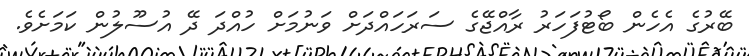
ބޭރުގެ އެހެން ބޯޓުފަހަރު ރާއްޖޭގެ ސަރަހައްދަށް ވަނުމަށް ހުއްދަ ދޭ އުސޫލުން ކަމަށެވެ.